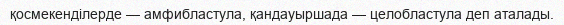
қосмекенділерде — амфибластула, қандауыршада — целобластула деп аталады.